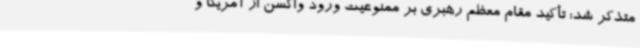
متذکر شد: تأکید مقام معظم رهبری بر ممنوعیت ورود واکسن از آمریکا و